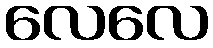
လေလေ